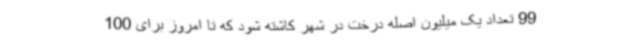
99 تعداد یک میلیون اصله درخت در شهر کاشته شود که تا امروز برای 100